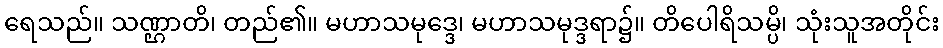
ရေသည်။ သဏ္ဌာတိ၊ တည်၏။ မဟာသမုဒ္ဒေ၊ မဟာသမုဒ္ဒရာ၌။ တိပေါရိသမ္ပိ၊ သုံးသူအတိုင်း